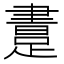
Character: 𨃲